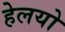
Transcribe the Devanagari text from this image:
हेलयो